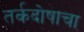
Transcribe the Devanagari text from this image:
तर्कदोषाचा